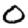
Digit: 0